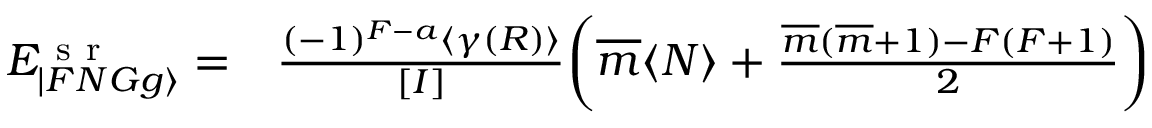
\begin{array} { r l } { E _ { | F N G g \rangle } ^ { \mathrm { ~ s ~ r ~ } } = } & { { } \frac { ( - 1 ) ^ { F - a } \langle \gamma ( R ) \rangle } { [ I ] } \bigg ( \overline { { m } } \langle N \rangle + \frac { \overline { { m } } ( \overline { { m } } + 1 ) - F ( F + 1 ) } { 2 } \bigg ) } \end{array}